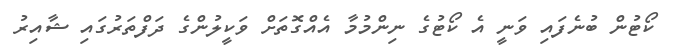
ކޯޓުން ބުނެފައި ވަނީ އެ ކޯޓުގެ ނިންމުމާ އެއްގޮތަށް ވަކީލުންގެ ދަފްތަރުގައި ޝާއިރު